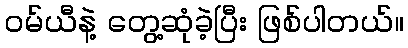
၀မ်ယီနဲ့ တွေ့ဆုံခဲ့ပြီး ဖြစ်ပါတယ်။